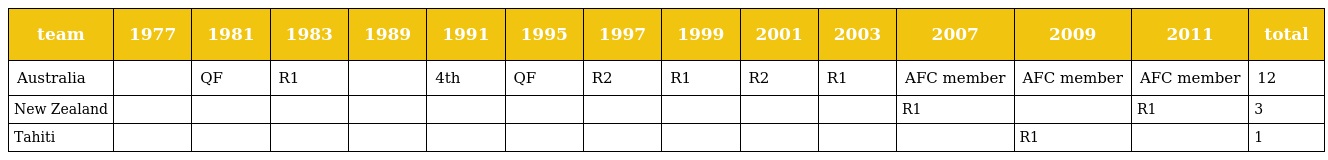
| team | 1977 | 1981 | 1983 | 1989 | 1991 | 1995 | 1997 | 1999 | 2001 | 2003 | 2007 | 2009 | 2011 | total |
 | --- | --- | --- | --- | --- | --- | --- | --- | --- | --- | --- | --- | --- | --- | --- |
 | Australia |  | QF | R1 |  | 4th | QF | R2 | R1 | R2 | R1 | AFC member | AFC member | AFC member | 12 |
 | New Zealand |  |  |  |  |  |  |  |  |  |  | R1 |  | R1 | 3 |
 | Tahiti |  |  |  |  |  |  |  |  |  |  |  | R1 |  | 1 |